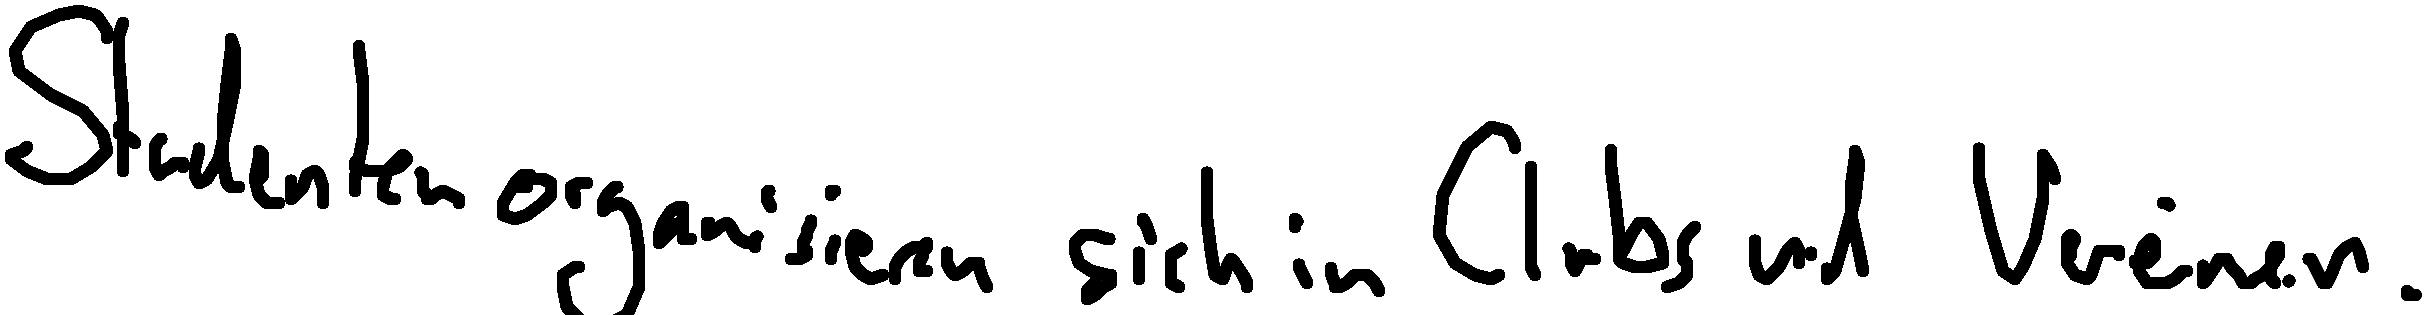
Studenten organisieren sich in Clubs und Vereinen.